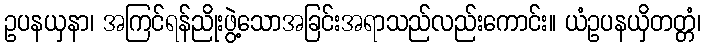
ဥပနယှနာ၊ အကြင်ရန်ညိုးဖွဲ့သောအခြင်းအရာသည်လည်းကောင်း။ ယံဥပနယှိတတ္တံ၊